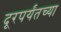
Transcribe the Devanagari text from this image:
दूरपर्यंतच्या